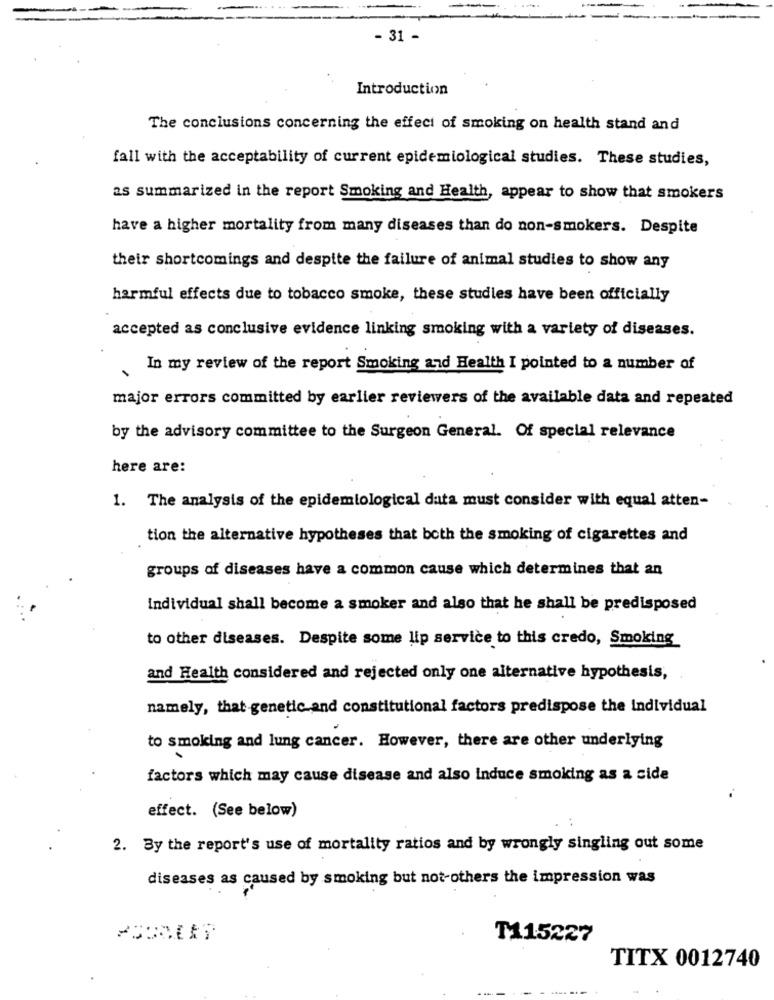
- 31 -
Introduction
The conclusions concerning the effect of smoking on health stand and
fall with the acceptability of current epidemiological studies. These studies,
as summarized in the report Smoking and Health, appear to show that smokers
have a higher mortality from many diseases than do non-smokers. Despite
their shortcomings and despite the failure of animal studies to show any
harmful effects due to tobacco smoke, these studies have been officially
accepted as conclusive evidence linking smoking with a variety of diseases.
In my review of the report Smoking and Health I pointed to a number of
major errors committed by earlier reviewers of the available data and repeated
by the advisory committee to the Surgeon General. Of special relevance
here are:
1. The analysis of the epidemiological data must consider with equal atten-
tion the alternative hypotheses that both the smoking of cigarettes and
groups of diseases have a common cause which determines that an
individual shall become a smoker and also that he shall be predisposed
to other diseases. Despite some lip service to this credo, Smoking
and Health considered and rejected only one alternative hypothesis,
namely, that genetic and constitutional factors predispose the individual
to smoking and lung cancer. However, there are other underlying
factors which may cause disease and also induce smoking as a side
effect. (See below)
2. By the report's use of mortality ratios and by wrongly singling out some
diseases as caused by smoking but not-others the impression was
T115227
TITX 0012740